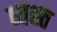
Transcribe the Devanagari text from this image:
ध्वस्‍त